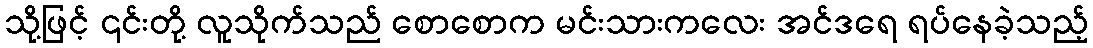
သို့ဖြင့် ၎င်းတို့ လူသိုက်သည် စောစောက မင်းသားကလေး အင်ဒရေ ရပ်နေခဲ့သည့်